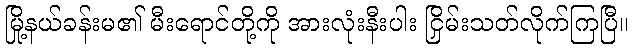
မြို့နယ်ခန်းမ၏ မီးရောင်တို့ကို အားလုံးနီးပါး ငြှိမ်းသတ်လိုက်ကြပြီ။